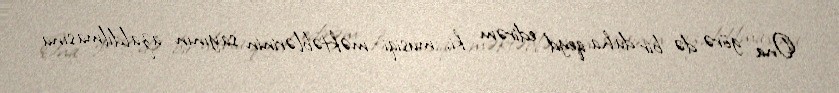
Ona görə də bir daha qeyd edirəm ki, musiqi məktəblərinin sayının azaldılmasına